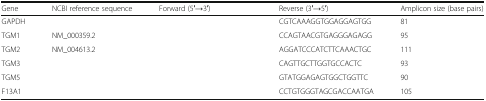
<table><thead><tr><td><b>Gene</b></td><td><b>NCBI reference sequence</b></td><td><b>Forward (5′→3′)</b></td><td><b>Reverse (3′→5′)</b></td><td><b>Amplicon size (base pairs)</b></td></tr></thead><tbody><tr><td>GAPDH</td><td>[EMPTY_CELL]</td><td>[EMPTY_CELL]</td><td>CGTCAAAGGTGGAGGAGTGG</td><td>81</td></tr><tr><td>TGM1</td><td>NM_000359.2</td><td>[EMPTY_CELL]</td><td>CCAGTAACGTGAGGGAGAGG</td><td>95</td></tr><tr><td>TGM2</td><td>NM_004613.2</td><td>[EMPTY_CELL]</td><td>AGGATCCCATCTTCAAACTGC</td><td>111</td></tr><tr><td>TGM3</td><td>[EMPTY_CELL]</td><td>[EMPTY_CELL]</td><td>CAGTTGCTTGGTGCCACTC</td><td>93</td></tr><tr><td>TGM5</td><td>[EMPTY_CELL]</td><td>[EMPTY_CELL]</td><td>GTATGGAGAGTGGCTGGTTC</td><td>90</td></tr><tr><td>F13A1</td><td>[EMPTY_CELL]</td><td>[EMPTY_CELL]</td><td>CCTGTGGGTAGCGACCAATGA</td><td>105</td></tr></tbody></table>